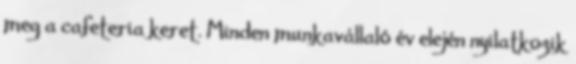
meg a cafeteria keret. Minden munkavállaló év elején nyilatkozik